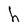
Character: h